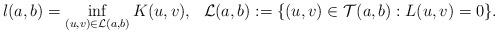
LaTeX: \begin{align*}\l(a,b)=\inf_{(u,v)\in\mathcal{L}(a,b) }K(u,v),\ \ \mathcal{L}(a,b):=\{(u,v)\in \mathcal{T}(a,b):L(u,v)=0\}. \end{align*}